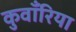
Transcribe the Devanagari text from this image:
कुवाँरिया